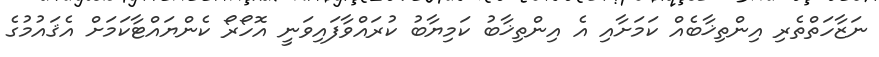
ނަޒާހަތްތެރި އިންތިޚާބެއް ކަމަށާއި އެ އިންތިޚާބު ކަމިޔާބު ކުރައްވާފައިވަނީ އޮހޯރޯ ކެންޔައްޓާކަމަށް އެޤައުމުގެ